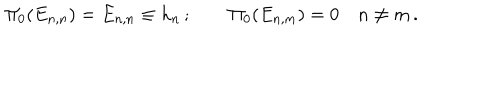
LaTeX: \Pi _ { 0 } ( E _ { n , n } ) = E _ { n , n } \equiv h _ { n } \, ; \qquad \Pi _ { 0 } ( E _ { n , m } ) = 0 \quad n \ne m \, .